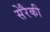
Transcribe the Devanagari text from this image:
सेरैकी